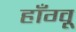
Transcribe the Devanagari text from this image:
हाँग्वू